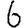
Digit: 6